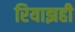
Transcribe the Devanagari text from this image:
रियाझही